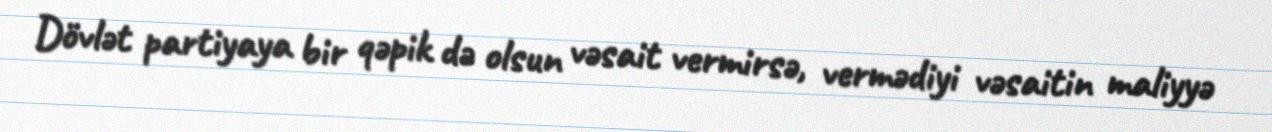
Dövlət partiyaya bir qəpik də olsun vəsait vermirsə, vermədiyi vəsaitin maliyyə